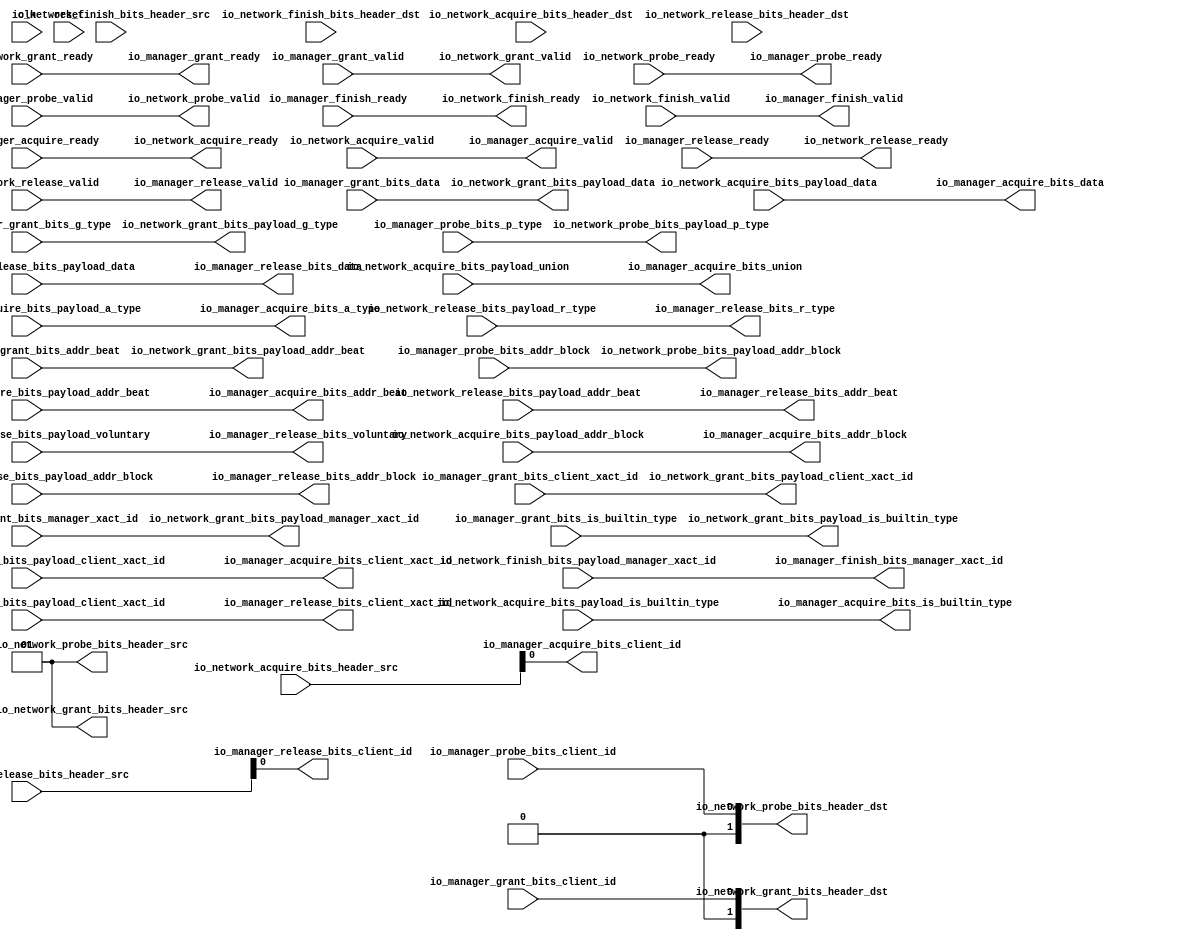
module ManagerTileLinkNetworkPort_1(
  input   clk,
  input   reset,
  input   io_manager_acquire_ready,
  output  io_manager_acquire_valid,
  output [25:0] io_manager_acquire_bits_addr_block,
  output  io_manager_acquire_bits_client_xact_id,
  output [2:0] io_manager_acquire_bits_addr_beat,
  output  io_manager_acquire_bits_is_builtin_type,
  output [2:0] io_manager_acquire_bits_a_type,
  output [11:0] io_manager_acquire_bits_union,
  output [63:0] io_manager_acquire_bits_data,
  output  io_manager_acquire_bits_client_id,
  output  io_manager_grant_ready,
  input   io_manager_grant_valid,
  input  [2:0] io_manager_grant_bits_addr_beat,
  input   io_manager_grant_bits_client_xact_id,
  input  [1:0] io_manager_grant_bits_manager_xact_id,
  input   io_manager_grant_bits_is_builtin_type,
  input  [3:0] io_manager_grant_bits_g_type,
  input  [63:0] io_manager_grant_bits_data,
  input   io_manager_grant_bits_client_id,
  input   io_manager_finish_ready,
  output  io_manager_finish_valid,
  output [1:0] io_manager_finish_bits_manager_xact_id,
  output  io_manager_probe_ready,
  input   io_manager_probe_valid,
  input  [25:0] io_manager_probe_bits_addr_block,
  input  [1:0] io_manager_probe_bits_p_type,
  input   io_manager_probe_bits_client_id,
  input   io_manager_release_ready,
  output  io_manager_release_valid,
  output [2:0] io_manager_release_bits_addr_beat,
  output [25:0] io_manager_release_bits_addr_block,
  output  io_manager_release_bits_client_xact_id,
  output  io_manager_release_bits_voluntary,
  output [2:0] io_manager_release_bits_r_type,
  output [63:0] io_manager_release_bits_data,
  output  io_manager_release_bits_client_id,
  output  io_network_acquire_ready,
  input   io_network_acquire_valid,
  input  [1:0] io_network_acquire_bits_header_src,
  input  [1:0] io_network_acquire_bits_header_dst,
  input  [25:0] io_network_acquire_bits_payload_addr_block,
  input   io_network_acquire_bits_payload_client_xact_id,
  input  [2:0] io_network_acquire_bits_payload_addr_beat,
  input   io_network_acquire_bits_payload_is_builtin_type,
  input  [2:0] io_network_acquire_bits_payload_a_type,
  input  [11:0] io_network_acquire_bits_payload_union,
  input  [63:0] io_network_acquire_bits_payload_data,
  input   io_network_grant_ready,
  output  io_network_grant_valid,
  output [1:0] io_network_grant_bits_header_src,
  output [1:0] io_network_grant_bits_header_dst,
  output [2:0] io_network_grant_bits_payload_addr_beat,
  output  io_network_grant_bits_payload_client_xact_id,
  output [1:0] io_network_grant_bits_payload_manager_xact_id,
  output  io_network_grant_bits_payload_is_builtin_type,
  output [3:0] io_network_grant_bits_payload_g_type,
  output [63:0] io_network_grant_bits_payload_data,
  output  io_network_finish_ready,
  input   io_network_finish_valid,
  input  [1:0] io_network_finish_bits_header_src,
  input  [1:0] io_network_finish_bits_header_dst,
  input  [1:0] io_network_finish_bits_payload_manager_xact_id,
  input   io_network_probe_ready,
  output  io_network_probe_valid,
  output [1:0] io_network_probe_bits_header_src,
  output [1:0] io_network_probe_bits_header_dst,
  output [25:0] io_network_probe_bits_payload_addr_block,
  output [1:0] io_network_probe_bits_payload_p_type,
  output  io_network_release_ready,
  input   io_network_release_valid,
  input  [1:0] io_network_release_bits_header_src,
  input  [1:0] io_network_release_bits_header_dst,
  input  [2:0] io_network_release_bits_payload_addr_beat,
  input  [25:0] io_network_release_bits_payload_addr_block,
  input   io_network_release_bits_payload_client_xact_id,
  input   io_network_release_bits_payload_voluntary,
  input  [2:0] io_network_release_bits_payload_r_type,
  input  [63:0] io_network_release_bits_payload_data
);
  wire  T_6043_ready;
  wire  T_6043_valid;
  wire [1:0] T_6043_bits_header_src;
  wire [1:0] T_6043_bits_header_dst;
  wire [2:0] T_6043_bits_payload_addr_beat;
  wire  T_6043_bits_payload_client_xact_id;
  wire [1:0] T_6043_bits_payload_manager_xact_id;
  wire  T_6043_bits_payload_is_builtin_type;
  wire [3:0] T_6043_bits_payload_g_type;
  wire [63:0] T_6043_bits_payload_data;
  wire  T_6043_bits_payload_client_id;
  wire  T_6598_ready;
  wire  T_6598_valid;
  wire [1:0] T_6598_bits_header_src;
  wire [1:0] T_6598_bits_header_dst;
  wire [25:0] T_6598_bits_payload_addr_block;
  wire [1:0] T_6598_bits_payload_p_type;
  wire  T_6598_bits_payload_client_id;
  wire  T_6877_ready;
  wire  T_6877_valid;
  wire [25:0] T_6877_bits_addr_block;
  wire  T_6877_bits_client_xact_id;
  wire [2:0] T_6877_bits_addr_beat;
  wire  T_6877_bits_is_builtin_type;
  wire [2:0] T_6877_bits_a_type;
  wire [11:0] T_6877_bits_union;
  wire [63:0] T_6877_bits_data;
  wire  T_6993_ready;
  wire  T_6993_valid;
  wire [2:0] T_6993_bits_addr_beat;
  wire [25:0] T_6993_bits_addr_block;
  wire  T_6993_bits_client_xact_id;
  wire  T_6993_bits_voluntary;
  wire [2:0] T_6993_bits_r_type;
  wire [63:0] T_6993_bits_data;
  wire  T_7097_ready;
  wire  T_7097_valid;
  wire [1:0] T_7097_bits_manager_xact_id;
  assign io_manager_acquire_valid = T_6877_valid;
  assign io_manager_acquire_bits_addr_block = T_6877_bits_addr_block;
  assign io_manager_acquire_bits_client_xact_id = T_6877_bits_client_xact_id;
  assign io_manager_acquire_bits_addr_beat = T_6877_bits_addr_beat;
  assign io_manager_acquire_bits_is_builtin_type = T_6877_bits_is_builtin_type;
  assign io_manager_acquire_bits_a_type = T_6877_bits_a_type;
  assign io_manager_acquire_bits_union = T_6877_bits_union;
  assign io_manager_acquire_bits_data = T_6877_bits_data;
  assign io_manager_acquire_bits_client_id = io_network_acquire_bits_header_src[0];
  assign io_manager_grant_ready = T_6043_ready;
  assign io_manager_finish_valid = T_7097_valid;
  assign io_manager_finish_bits_manager_xact_id = T_7097_bits_manager_xact_id;
  assign io_manager_probe_ready = T_6598_ready;
  assign io_manager_release_valid = T_6993_valid;
  assign io_manager_release_bits_addr_beat = T_6993_bits_addr_beat;
  assign io_manager_release_bits_addr_block = T_6993_bits_addr_block;
  assign io_manager_release_bits_client_xact_id = T_6993_bits_client_xact_id;
  assign io_manager_release_bits_voluntary = T_6993_bits_voluntary;
  assign io_manager_release_bits_r_type = T_6993_bits_r_type;
  assign io_manager_release_bits_data = T_6993_bits_data;
  assign io_manager_release_bits_client_id = io_network_release_bits_header_src[0];
  assign io_network_acquire_ready = T_6877_ready;
  assign io_network_grant_valid = T_6043_valid;
  assign io_network_grant_bits_header_src = T_6043_bits_header_src;
  assign io_network_grant_bits_header_dst = T_6043_bits_header_dst;
  assign io_network_grant_bits_payload_addr_beat = T_6043_bits_payload_addr_beat;
  assign io_network_grant_bits_payload_client_xact_id = T_6043_bits_payload_client_xact_id;
  assign io_network_grant_bits_payload_manager_xact_id = T_6043_bits_payload_manager_xact_id;
  assign io_network_grant_bits_payload_is_builtin_type = T_6043_bits_payload_is_builtin_type;
  assign io_network_grant_bits_payload_g_type = T_6043_bits_payload_g_type;
  assign io_network_grant_bits_payload_data = T_6043_bits_payload_data;
  assign io_network_finish_ready = T_7097_ready;
  assign io_network_probe_valid = T_6598_valid;
  assign io_network_probe_bits_header_src = T_6598_bits_header_src;
  assign io_network_probe_bits_header_dst = T_6598_bits_header_dst;
  assign io_network_probe_bits_payload_addr_block = T_6598_bits_payload_addr_block;
  assign io_network_probe_bits_payload_p_type = T_6598_bits_payload_p_type;
  assign io_network_release_ready = T_6993_ready;
  assign T_6043_ready = io_network_grant_ready;
  assign T_6043_valid = io_manager_grant_valid;
  assign T_6043_bits_header_src = 2'h1;
  assign T_6043_bits_header_dst = {{1'd0}, io_manager_grant_bits_client_id};
  assign T_6043_bits_payload_addr_beat = io_manager_grant_bits_addr_beat;
  assign T_6043_bits_payload_client_xact_id = io_manager_grant_bits_client_xact_id;
  assign T_6043_bits_payload_manager_xact_id = io_manager_grant_bits_manager_xact_id;
  assign T_6043_bits_payload_is_builtin_type = io_manager_grant_bits_is_builtin_type;
  assign T_6043_bits_payload_g_type = io_manager_grant_bits_g_type;
  assign T_6043_bits_payload_data = io_manager_grant_bits_data;
  assign T_6043_bits_payload_client_id = io_manager_grant_bits_client_id;
  assign T_6598_ready = io_network_probe_ready;
  assign T_6598_valid = io_manager_probe_valid;
  assign T_6598_bits_header_src = 2'h1;
  assign T_6598_bits_header_dst = {{1'd0}, io_manager_probe_bits_client_id};
  assign T_6598_bits_payload_addr_block = io_manager_probe_bits_addr_block;
  assign T_6598_bits_payload_p_type = io_manager_probe_bits_p_type;
  assign T_6598_bits_payload_client_id = io_manager_probe_bits_client_id;
  assign T_6877_ready = io_manager_acquire_ready;
  assign T_6877_valid = io_network_acquire_valid;
  assign T_6877_bits_addr_block = io_network_acquire_bits_payload_addr_block;
  assign T_6877_bits_client_xact_id = io_network_acquire_bits_payload_client_xact_id;
  assign T_6877_bits_addr_beat = io_network_acquire_bits_payload_addr_beat;
  assign T_6877_bits_is_builtin_type = io_network_acquire_bits_payload_is_builtin_type;
  assign T_6877_bits_a_type = io_network_acquire_bits_payload_a_type;
  assign T_6877_bits_union = io_network_acquire_bits_payload_union;
  assign T_6877_bits_data = io_network_acquire_bits_payload_data;
  assign T_6993_ready = io_manager_release_ready;
  assign T_6993_valid = io_network_release_valid;
  assign T_6993_bits_addr_beat = io_network_release_bits_payload_addr_beat;
  assign T_6993_bits_addr_block = io_network_release_bits_payload_addr_block;
  assign T_6993_bits_client_xact_id = io_network_release_bits_payload_client_xact_id;
  assign T_6993_bits_voluntary = io_network_release_bits_payload_voluntary;
  assign T_6993_bits_r_type = io_network_release_bits_payload_r_type;
  assign T_6993_bits_data = io_network_release_bits_payload_data;
  assign T_7097_ready = io_manager_finish_ready;
  assign T_7097_valid = io_network_finish_valid;
  assign T_7097_bits_manager_xact_id = io_network_finish_bits_payload_manager_xact_id;
endmodule